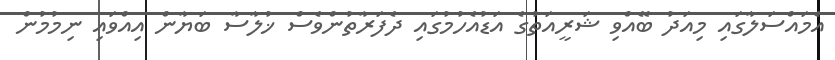
އެމައްސަލާގައި މިއަދު ބޭއްވި ޝަރީއަތުގެ އަޑުއެހުމުގައި ދެފަރާތުންވެސް ޚުލާސާ ބަޔާން އިއްވައި ނިމުމުން